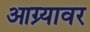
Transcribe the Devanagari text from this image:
आग्र्यावर